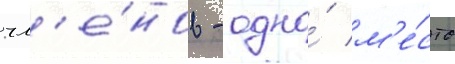
чл'е́нов - одно́ м'е́сто